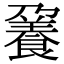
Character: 𩜒